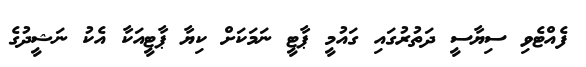
ފެއްޓެވި ސިޔާސީ ދަތުރުގައި ގައުމީ ޕާޓީ ނަމަކަށް ކިޔާ ޕާޓީއަކާ އެކު ނަޝީދުގެ